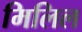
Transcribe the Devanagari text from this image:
मिलिल